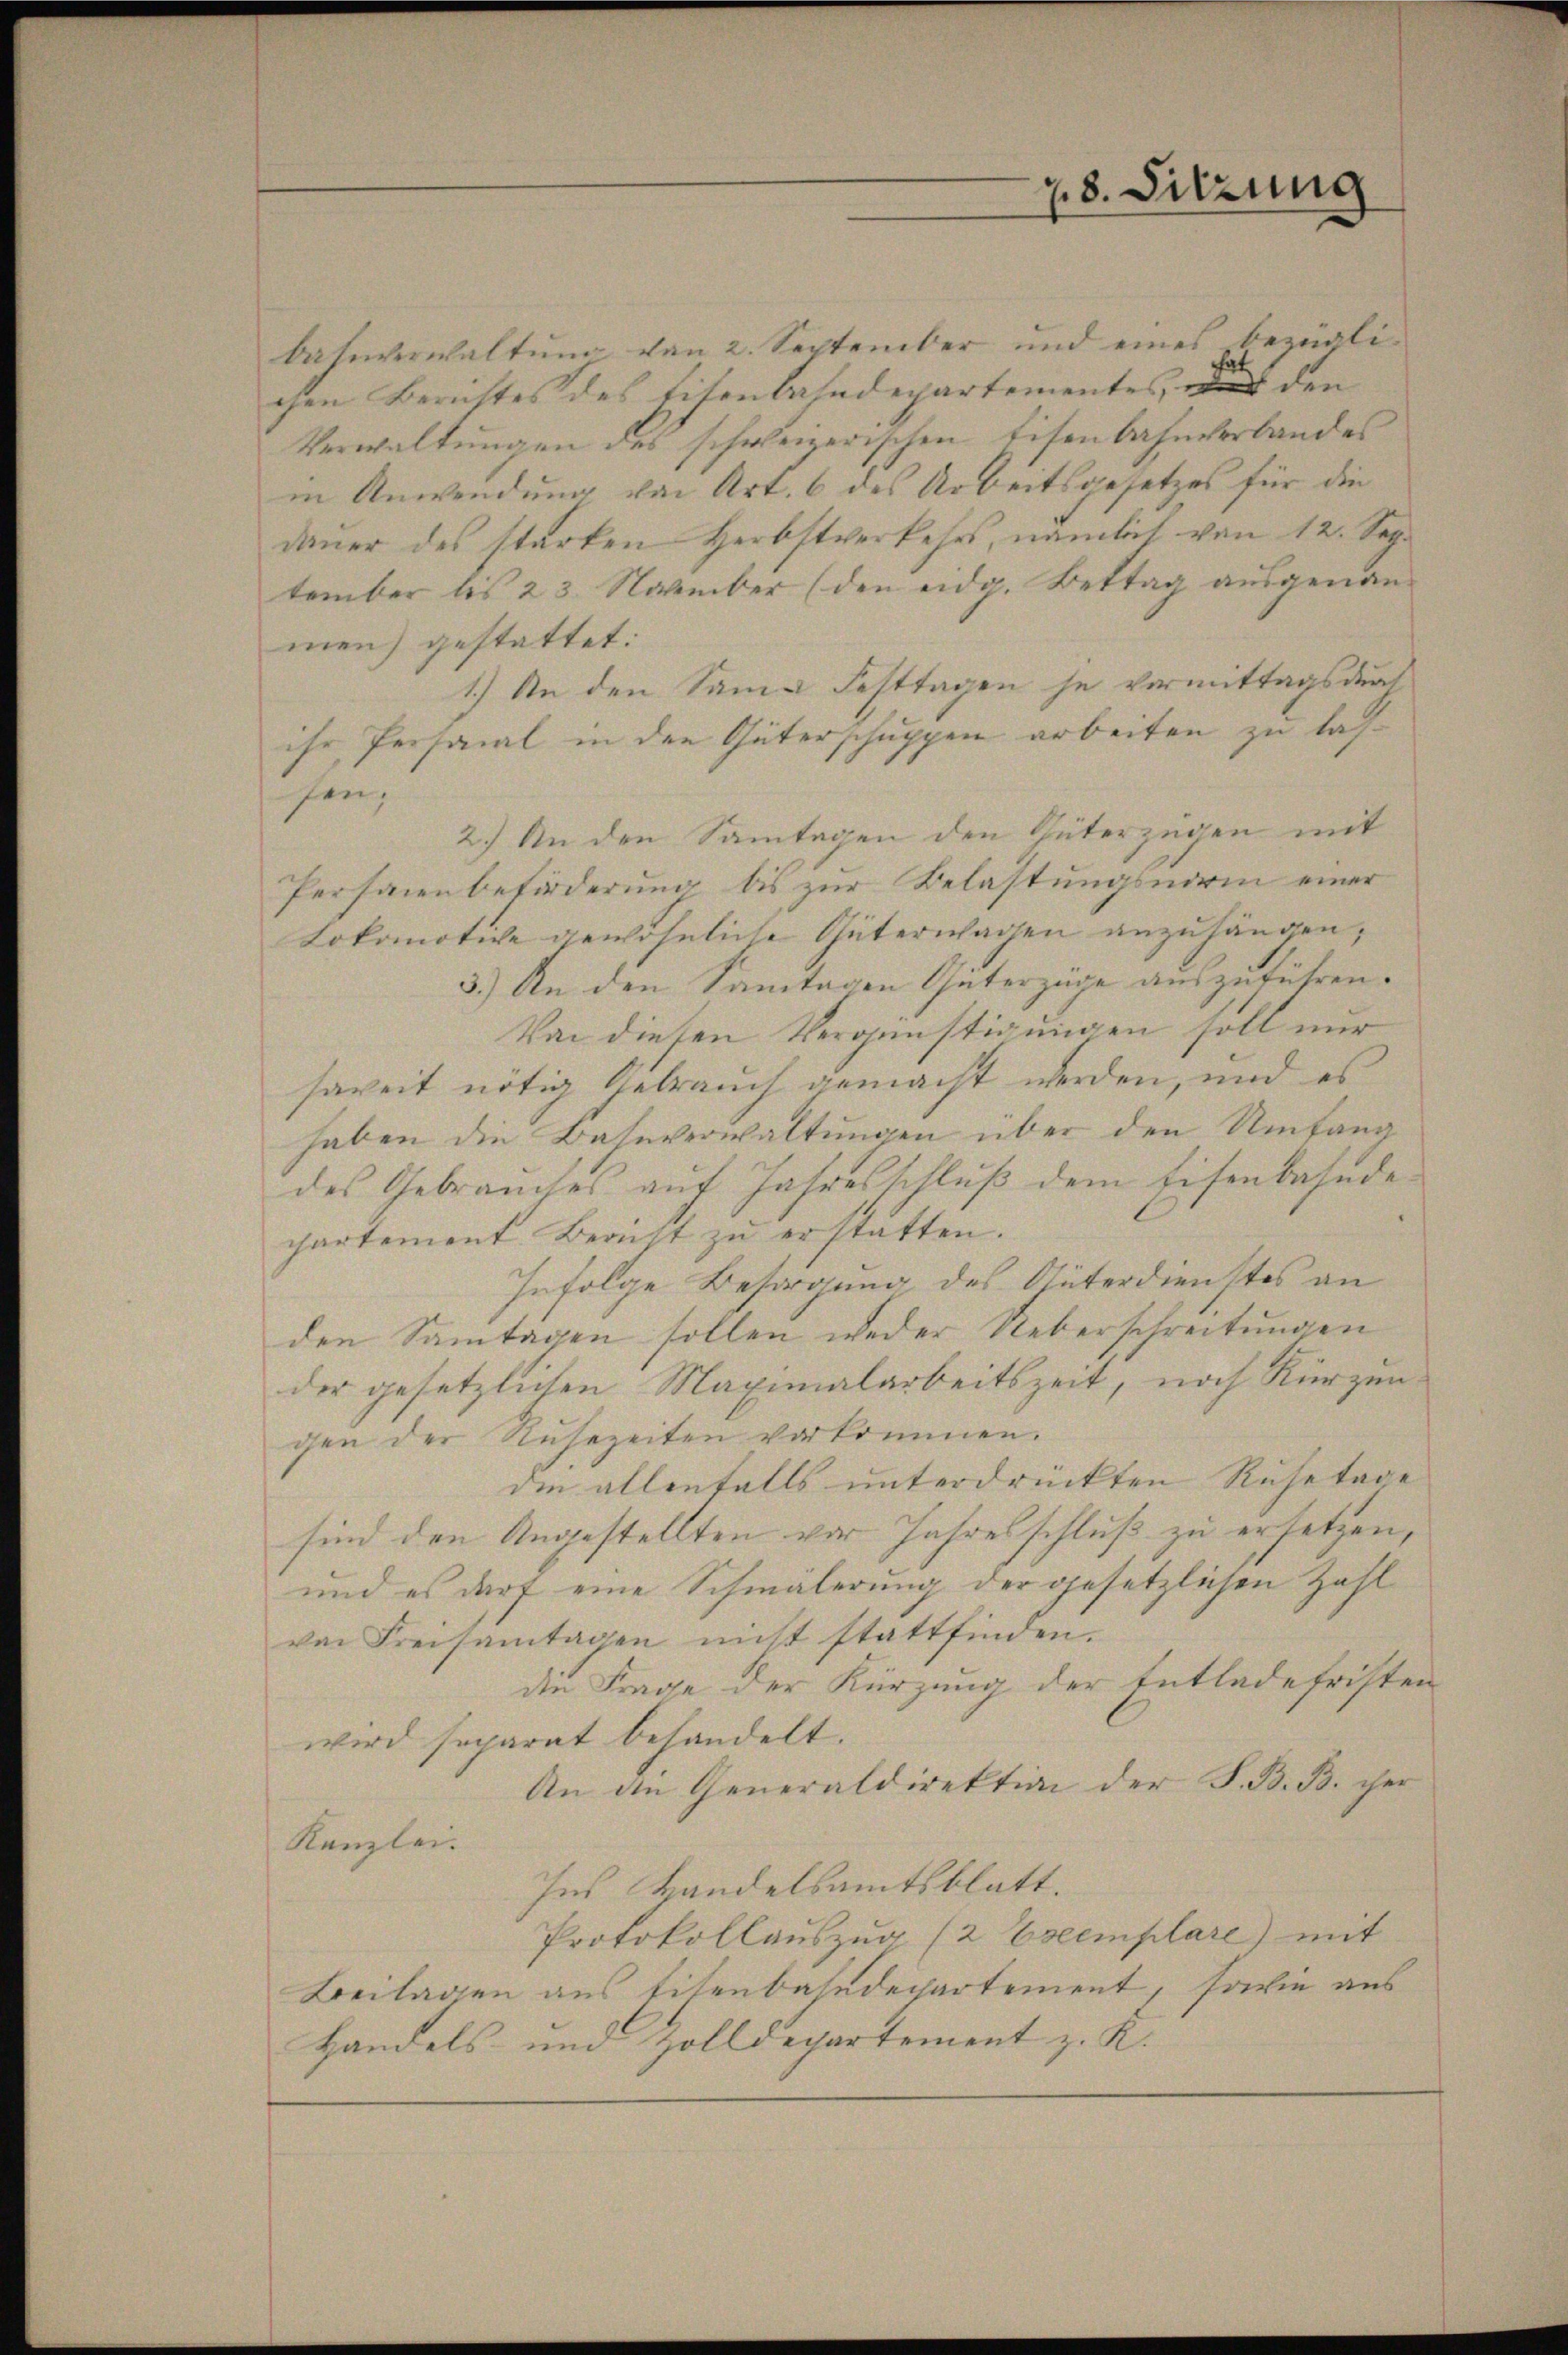
bahnverwaltung von 2. September und eines bezüglichen Berichtes des Eisenbahndepartementes, wo den
Verwaltungen des schweizerischen Eisenbahnverbandes
in Anwendung von Art. 6 des Arbeitsgesetzes für die
dauer des starken Herbstverkehrs, nämlich von 12. Sep.
tember bis 23. November (den eidg. Bettag ausgenan
men) gestattet:
1.) An den Same Festtagen je vormittags durch
ihr Personal in den Güterschuppen arbeiten zu lasfen;
2.) An den Samtagen den Güterzugen mit
Personen beförderung bis zur Belastungsnorm einer
Lokomotive gewöhnliche Güterwagen anzuhängen,
3.) An den Santagen Güterzüge auszuführen.
Von diesen Vergünstigungen soll nur
soweit nötig Gebrauch gemacht werden, und es
haben die Bahnverwaltungen über den Umfang
des Gebrauches auf Jahresschlŭβ dem Eisenbahnde
partement Bericht zu erstatten.
Infolge Besorgung des Unterdienstes an
den Samtagen sollen weder Ueberschreitungen
der gesetzlichen Maximalarbeitszeit, noch Kürzun
gen der Ruhezeiten verkommen.
die allenfalls unterdrückten Ruhetage
sind den Angestellten vor Jahresschluß zu ersetzen,
und es darf eine Schmälerung der gesetzlichen Zahl
von Freisamtagen nicht stattfinden.
die Frage der Kürzung der Entlade friste
wird separat behandelt.
An die Generaldirektion der S. B. B. her
Kanzlei.
Ins Handelsamtsblatt.
Protokollauszug (2 Escemplare) mit
Beilagen aus Eisenbahndepartement, sowie aus
Handels- und Zolldepartement z. R.

78. Sitzung